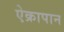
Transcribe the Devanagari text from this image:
ऐक्रापान